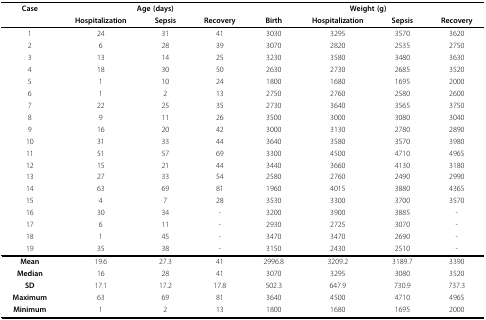
<table><thead><tr><td><b>Case</b></td><td colspan="3"><b>Age (days)</b></td><td colspan="4"><b>Weight (g)</b></td></tr><tr><td></td><td><b>Hospitalization</b></td><td><b>Sepsis</b></td><td><b>Recovery</b></td><td><b>Birth</b></td><td><b>Hospitalization</b></td><td><b>Sepsis</b></td><td><b>Recovery</b></td></tr></thead><tbody><tr><td>1</td><td>24</td><td>31</td><td>41</td><td>3030</td><td>3295</td><td>3570</td><td>3620</td></tr><tr><td>2</td><td>6</td><td>28</td><td>39</td><td>3070</td><td>2820</td><td>2535</td><td>2750</td></tr><tr><td>3</td><td>13</td><td>14</td><td>25</td><td>3230</td><td>3580</td><td>3480</td><td>3630</td></tr><tr><td>4</td><td>18</td><td>30</td><td>50</td><td>2630</td><td>2730</td><td>2685</td><td>3520</td></tr><tr><td>5</td><td>1</td><td>10</td><td>24</td><td>1800</td><td>1680</td><td>1695</td><td>2000</td></tr><tr><td>6</td><td>1</td><td>2</td><td>13</td><td>2750</td><td>2760</td><td>2580</td><td>2600</td></tr><tr><td>7</td><td>22</td><td>25</td><td>35</td><td>2730</td><td>3640</td><td>3565</td><td>3750</td></tr><tr><td>8</td><td>9</td><td>11</td><td>26</td><td>3500</td><td>3000</td><td>3080</td><td>3040</td></tr><tr><td>9</td><td>16</td><td>20</td><td>42</td><td>3000</td><td>3130</td><td>2780</td><td>2890</td></tr><tr><td>10</td><td>31</td><td>33</td><td>44</td><td>3640</td><td>3580</td><td>3570</td><td>3980</td></tr><tr><td>11</td><td>51</td><td>57</td><td>69</td><td>3300</td><td>4500</td><td>4710</td><td>4965</td></tr><tr><td>12</td><td>15</td><td>21</td><td>44</td><td>3440</td><td>3660</td><td>4130</td><td>3180</td></tr><tr><td>13</td><td>27</td><td>33</td><td>54</td><td>2580</td><td>2760</td><td>2490</td><td>2990</td></tr><tr><td>14</td><td>63</td><td>69</td><td>81</td><td>1960</td><td>4015</td><td>3880</td><td>4365</td></tr><tr><td>15</td><td>4</td><td>7</td><td>28</td><td>3530</td><td>3300</td><td>3700</td><td>3570</td></tr><tr><td>16</td><td>30</td><td>34</td><td>-</td><td>3200</td><td>3900</td><td>3885</td><td>-</td></tr><tr><td>17</td><td>6</td><td>11</td><td>-</td><td>2930</td><td>2725</td><td>3070</td><td>-</td></tr><tr><td>18</td><td>1</td><td>45</td><td>-</td><td>3470</td><td>3470</td><td>2690</td><td>-</td></tr><tr><td>19</td><td>35</td><td>38</td><td>-</td><td>3150</td><td>2430</td><td>2510</td><td>-</td></tr><tr><td><b>Mean</b></td><td>19.6</td><td>27.3</td><td>41</td><td>2996.8</td><td>3209.2</td><td>3189.7</td><td>3390</td></tr><tr><td><b>Median</b></td><td>16</td><td>28</td><td>41</td><td>3070</td><td>3295</td><td>3080</td><td>3520</td></tr><tr><td><b>SD</b></td><td>17.1</td><td>17.2</td><td>17.8</td><td>502.3</td><td>647.9</td><td>730.9</td><td>737.3</td></tr><tr><td><b>Maximum</b></td><td>63</td><td>69</td><td>81</td><td>3640</td><td>4500</td><td>4710</td><td>4965</td></tr><tr><td><b>Minimum</b></td><td>1</td><td>2</td><td>13</td><td>1800</td><td>1680</td><td>1695</td><td>2000</td></tr></tbody></table>